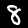
Label: 8